Indian journal of veterinary science and animal husbandry - Volumes 24-25, 1954-1955
Year: 1954
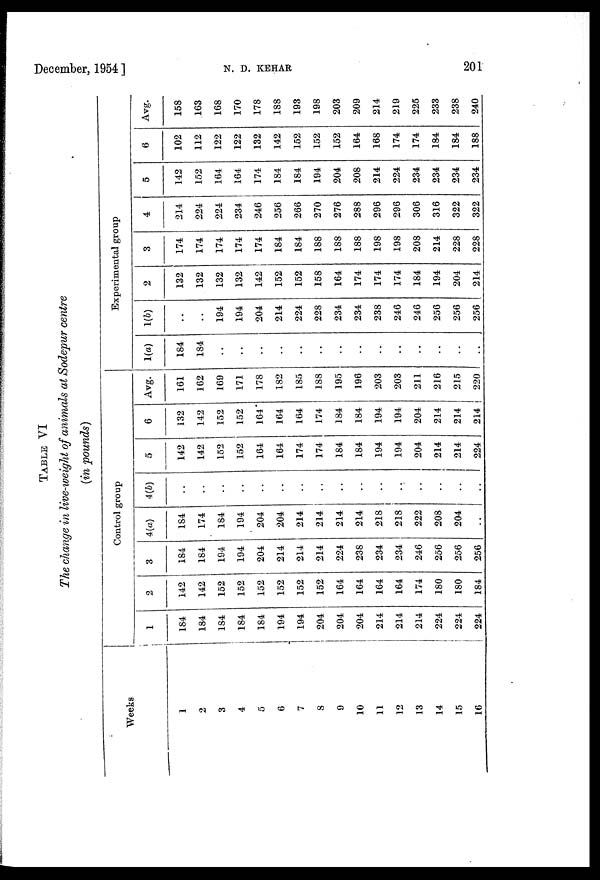
December, 1954 ]
N.
D.
KEHAR
201
TABLE VI
The change in live-weight of animals at Sodepur centre
(in pounds)
Weeks
1
2
3
4
5
6
7
8
9
10
11
12
13
14
15
16
Control group
1
184
184
184
184
184
194
194
204
204
204
214
214
214
224
224
224
2
142
142
152
152
152
152
152
152
164
164
164
164
174
180
180
184
3
184
184
194
194
204
214
214
214
224
238
234
234
246
256
256
256
4(a)
184
174
184
194
204
204
214
214
214
214
218
218
222
208
204
..
4(b)
..
..
..
..
..
..
..
..
..
..
..
..
..
..
..
..
5
142
142
152
152
164
164
174
174
184
184
194
194
204
214
214
224
6
132
142
152
152
164
164
164
174
184
184
194
194
204
214
214
214
Avg.
161
162
169
171
178
182
185
188
195
196
203
203
211
216
215
220
Experimental group
1(a)
184
184
..
..
..
..
..
..
..
..
..
..
..
..
..
..
1(b)
..
..
194
194
204
214
224
228
234
234
238
246
246
256
256
256
2
132
132
132
132
142
152
152
158
164
174
174
174
184
194
204
214
3
174
174
174
174
174
184
184
188
188
188
198
198
208
214
228
228
4
214
224
224
234
246
256
266
270
276
288
296
296
306
316
322
322
5
142
152
164
164
174
184
184
194
204
208
214
224
234
234
234
234
6
102
112
122
122
132
142
152
152
152
164
168
174
174
184
184
188
Avg.
158
163
168
170
178
188
193
198
203
209
214
219
225
233
238
240